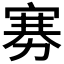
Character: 𪧔